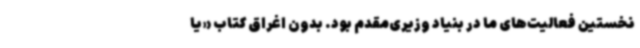
نخستین فعالیت‌های ما در بنیاد وزیری‌مقدم بود. بدون اغراق کتاب «یا